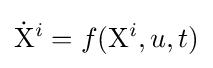
{\dot {\mathrm {X} }}^{i}=f(\mathrm {X} ^{i},u,t)